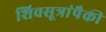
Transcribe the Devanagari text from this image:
शिवसूत्रांपैकी